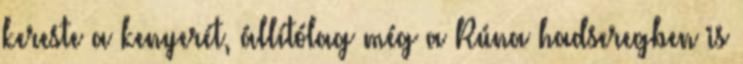
kereste a kenyerét, állítólag még a Rúna hadseregben is